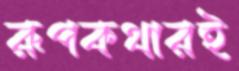
রূপকথারই